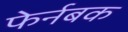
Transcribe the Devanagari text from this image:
फेर्नबक